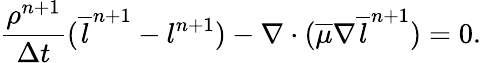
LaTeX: \frac{\rho^{n+1}}{\Delta t}(\overline{{l}}^{n+1}-l^{n+1})-\nabla\cdot(\overline{{\mu}}\nabla\overline{{l}}^{n+1})=0.